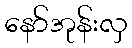
နော်အုန်းလှ